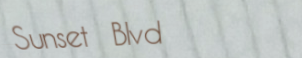
Sunset Blvd